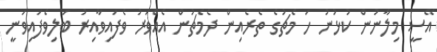
އޭސީ މިލާނުން ކުޅުނު ހަ މެޗުގެ ތެރެއިން ދެމެޗުން އެއްވަރު ވެފައިވާއިރު ބަލިވެފައިވަނީ